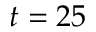
t = 2 5